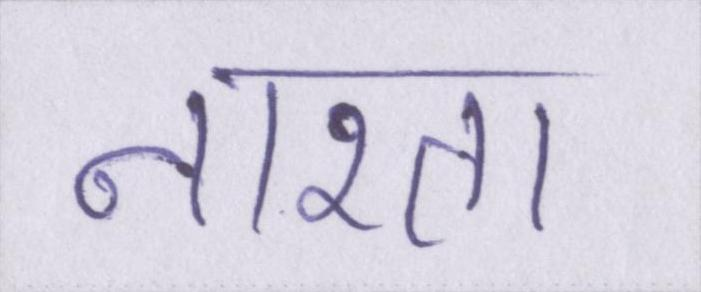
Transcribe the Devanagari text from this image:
नाश्ता